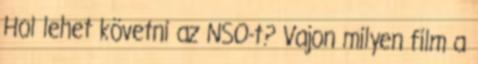
Hol lehet követni az NSO-t? Vajon milyen film a